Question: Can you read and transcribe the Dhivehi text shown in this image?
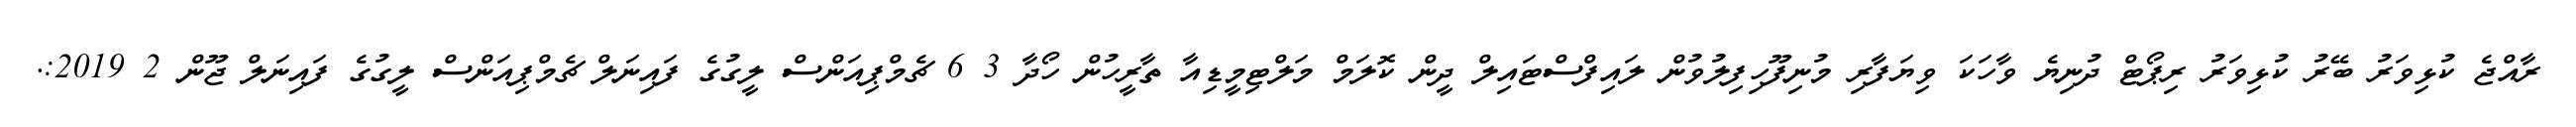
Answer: ރާއްޖެ ކުޅިވަރު ބޭރު ކުޅިވަރު ރިޕޯޓް ދުނިޔެ ވާހަކަ ވިޔަފާރި މުނިފޫހިފިލުވުން ލައިފްސްޓައިލް ދީން ކޮލަމް މަލްޓިމީޑިއާ ތާރީހުން ހޯދާ 3 6 ޗެމްޕިއަންސް ލީގުގެ ފައިނަލް ޗެމްޕިއަންސް ލީގުގެ ފައިނަލް ޖޫން 2 2019:.